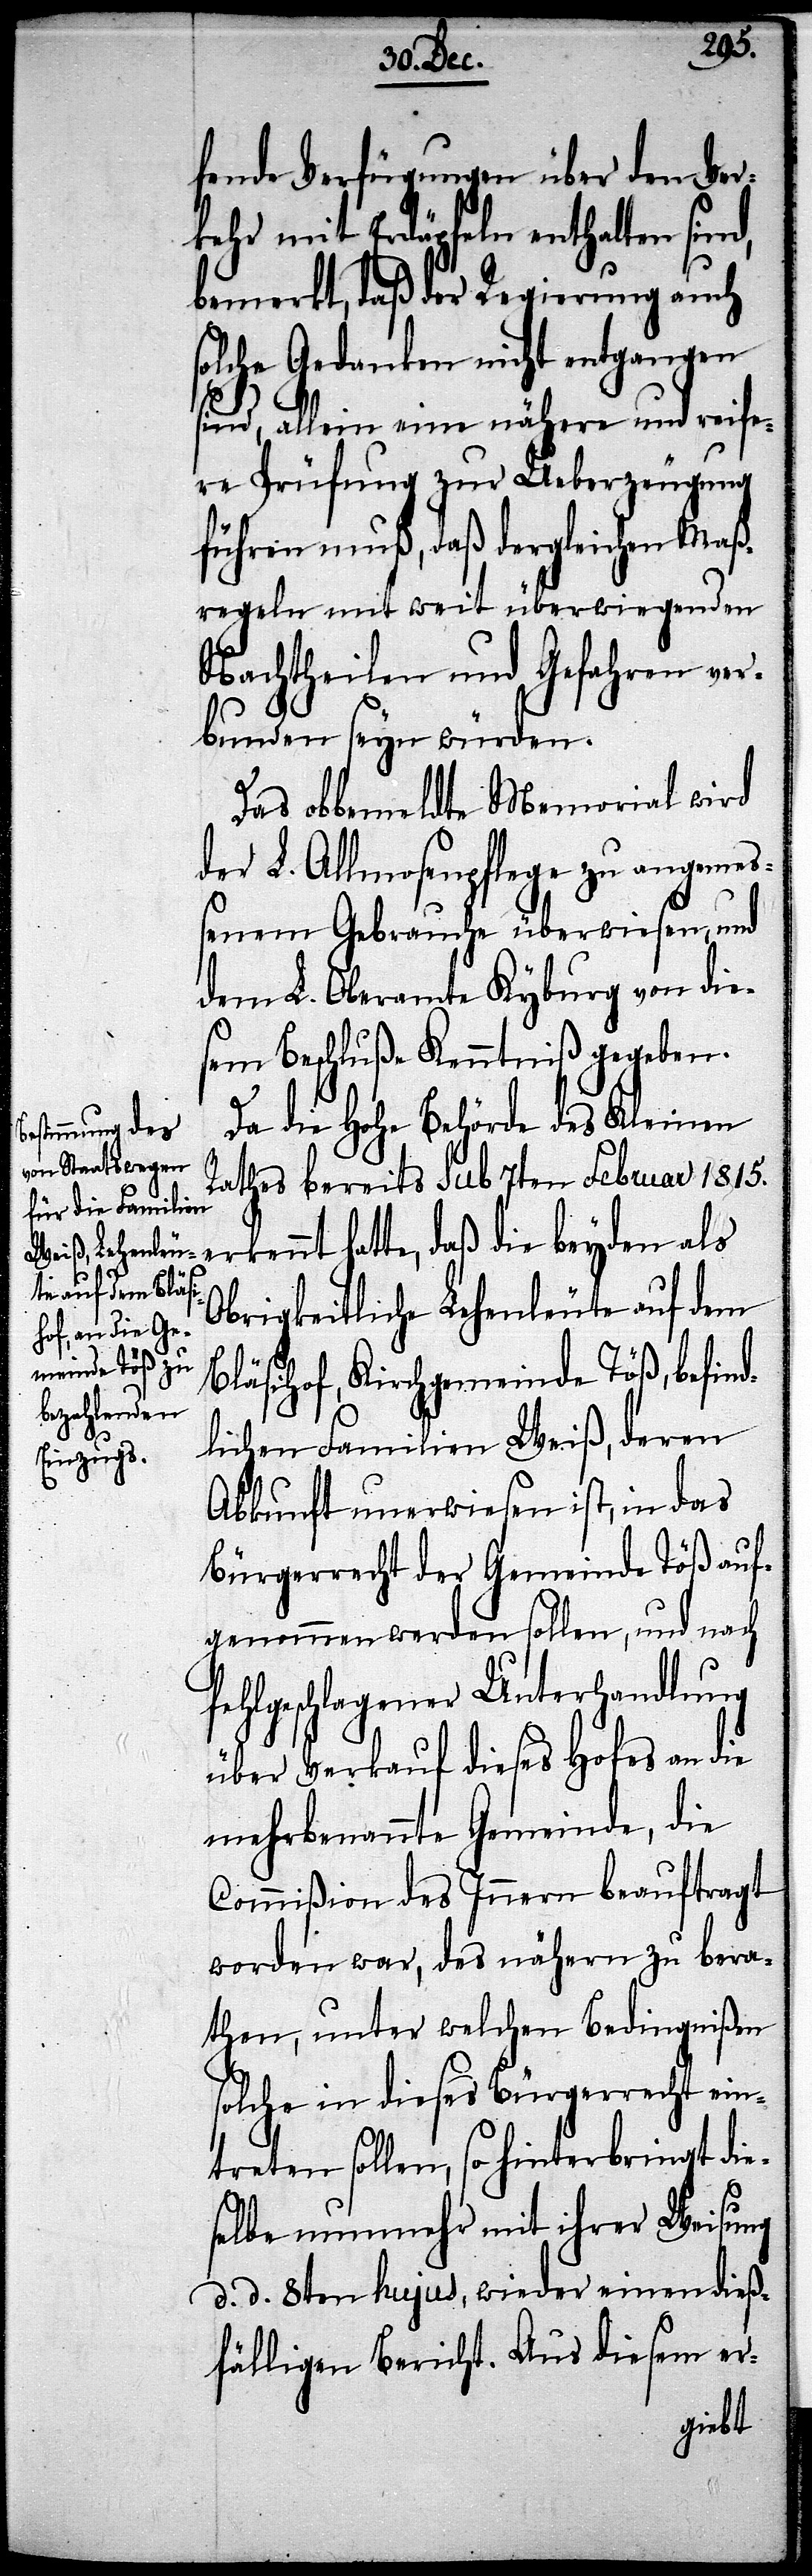
fende Verfügungen über den Ver¬
kehr mit Erdäpfeln enthalten sind,
bemerkt, daß der Regierung auch
solche Gedanken nicht entgangen
sind, allein eine nähere und reife¬
re Prüfung zur Ueberzeugung
führen muß, daß dergleichen Maß¬
regeln mit weit überwiegenden
Nachtheilen und Gefahren ver¬
bunden seyn würden.
Das obbemeldte Memorial wird
der L. Allmosenpflege zu angemeß¬
enem Gebrauche überwiesen, und
dem L. Oberamte Kyburg von die¬
sem Beschluße Kenntniß gegeben.
Da die Hohe Behörde des Kleinen
Rathes bereits sub 7ten Februar 1815.
hatte, daß die beyden als
Obrigkeitliche Lehenleute auf dem
Bläsihof, Kirchgemeinde Töß, befind¬
lichen Familien Weiß, deren
Abkunft unerwiesen ist, in das
Bürgerrecht der Gemeinde Töß auf¬
genommen werden sollen, und nach¬
fehlgeschlagener Unterhandlung
über Verkauf dieses Hofes an die
mehrbenannte Gemeinde, die
Commißion des Innern beauftragt
worden war, des nähern zu bera¬
then, unter welchen Bedingnißen
solche in dieses Bürgerrecht ein¬
treten sollen, so hinterbringt die¬
selbe nunmehr mit ihrer Weisung
d. d. 8ten hujus, wieder einen dieß¬
fälligen Bericht. Aus diesem er-